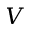
V